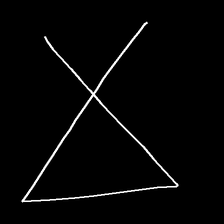
Glyph: collection